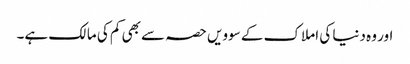
اور وہ دنیا کی املاک کے سوویں حصہ سے بھی کم کی مالک ہے۔